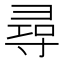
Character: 尋